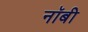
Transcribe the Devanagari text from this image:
नॉबी